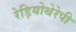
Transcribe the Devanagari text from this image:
रेड़ियोथेरेपी